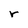
Character: r